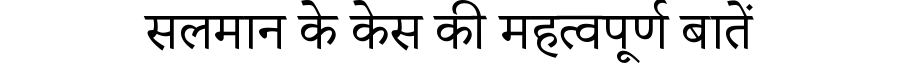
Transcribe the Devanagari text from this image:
सलमान के केस की महत्वपूर्ण बातें